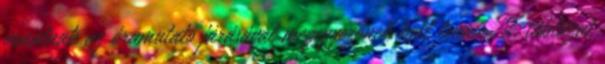
vonalnak az óramutató járásával megegyezõnek kell lennie. 2. táblázat